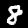
Digit: 8